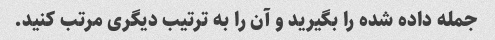
جمله داده شده را بگیرید و آن را به ترتیب دیگری مرتب کنید.